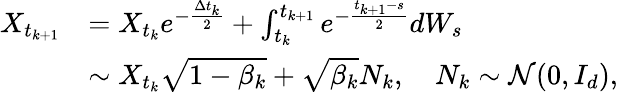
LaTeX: \begin{array}{rl}{X_{t_{k+1}}}&{=X_{t_{k}}e^{-\frac{\Delta t_{k}}{2}}+\int_{t_{k}}^{t_{k+1}}e^{-\frac{t_{k+1}-s}{2}}dW_{s}}\\ &{\sim X_{t_{k}}\sqrt{1-\beta_{k}}+\sqrt{\beta_{k}}N_{k},\quad N_{k}\sim\mathcal{N}(0,I_{d}),}\end{array}